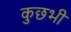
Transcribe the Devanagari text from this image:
कुछभी